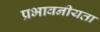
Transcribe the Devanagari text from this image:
प्रभावनीयता